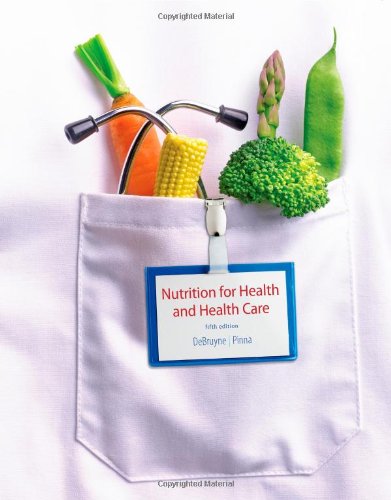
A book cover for Nutrition for Health and Healthcare; Linda Kelly DeBruyne; Medical Books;